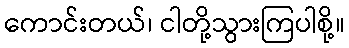
ကောင်းတယ်၊ ငါတို့သွားကြပါစို့။